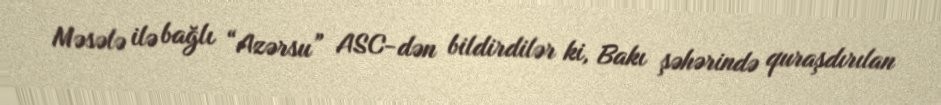
Məsələ ilə bağlı “Azərsu” ASC-dən bildirdilər ki, Bakı şəhərində quraşdırılan